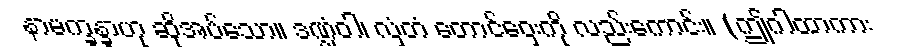
နာမက္ခန္ခာဟု ဆိုအပ်သော။ ဒဏ္ဍံဝါ၊ လှံတံ တောင်ဝှေးကို လည်းကောင်း။ (ဤဂါထာကား